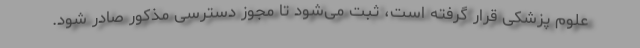
علوم‌ پزشکی قرار گرفته است، ثبت می‌شود تا مجوز دسترسی مذکور صادر شود.